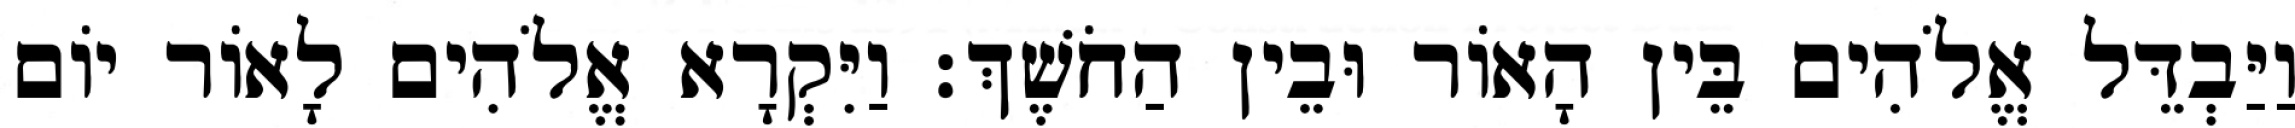
וַיַּבְדֵּל אֱלֹהִים בֵּין הָאֹור וּבֵין הַחֹשֶׁךְ׃ וַיִּקְרָא אֱלֹהִים לָאֹור יֹום